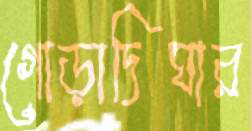
গোড়াদিঘার